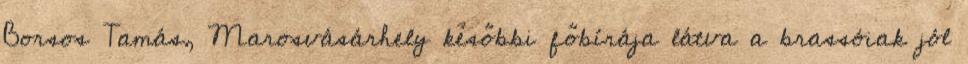
Borsos Tamás, Marosvásárhely későbbi főbírája látva a brassóiak jól